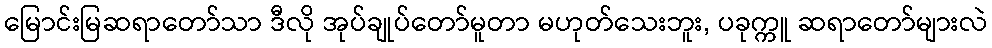
မြောင်းမြဆရာတော်သာ ဒီလို အုပ်ချုပ်တော်မူတာ မဟုတ်သေးဘူး, ပခုက္ကူ ဆရာတော်များလဲ